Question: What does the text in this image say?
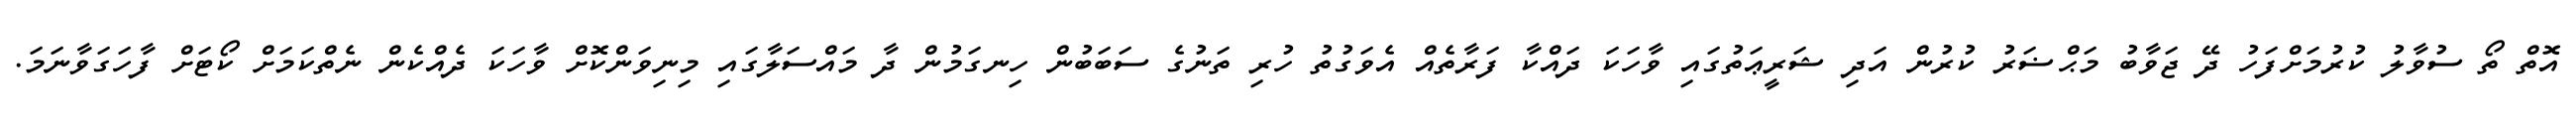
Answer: އޮތް ތޯ ސުވާލު ކުރުމަށްފަހު ދޭ ޖަވާބު މަޙްޟަރު ކުރުން އަދި ޝަރީޢަތުގައި ވާހަކަ ދައްކާ ފަރާތެއް އެވަގުތު ހުރި ތަނުގެ ސަބަބުން ހިނގަމުން ދާ މައްސަލާގައި މިނިވަންކޮށް ވާހަކަ ދެއްކެން ނެތްކަމަށް ކޯޓަށް ފާހަގަވާނަމަ.